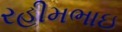
રહીમભાઇ